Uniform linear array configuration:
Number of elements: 64
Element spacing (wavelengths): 0.25
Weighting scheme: uniform
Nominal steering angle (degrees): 45
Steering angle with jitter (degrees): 44.192
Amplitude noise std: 0.05
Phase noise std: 0.05

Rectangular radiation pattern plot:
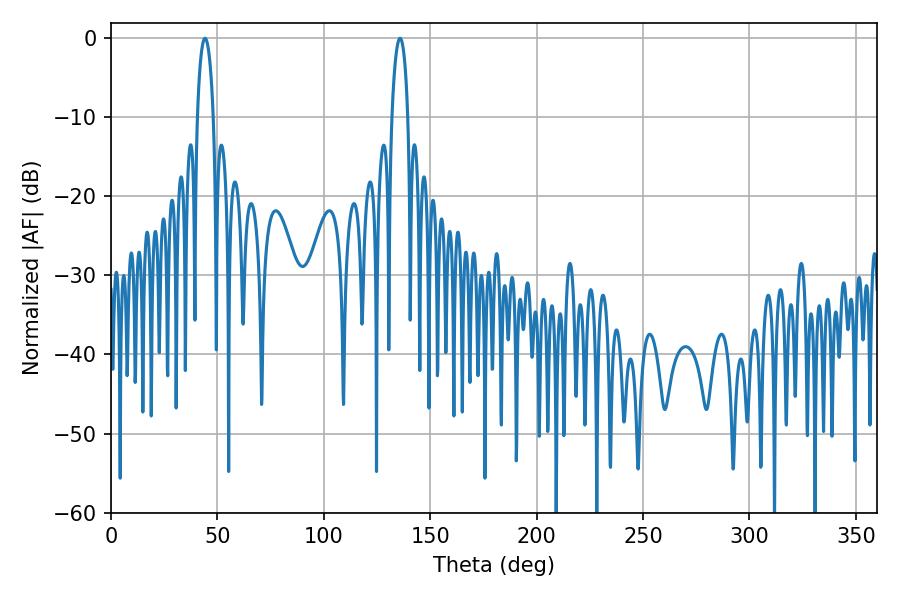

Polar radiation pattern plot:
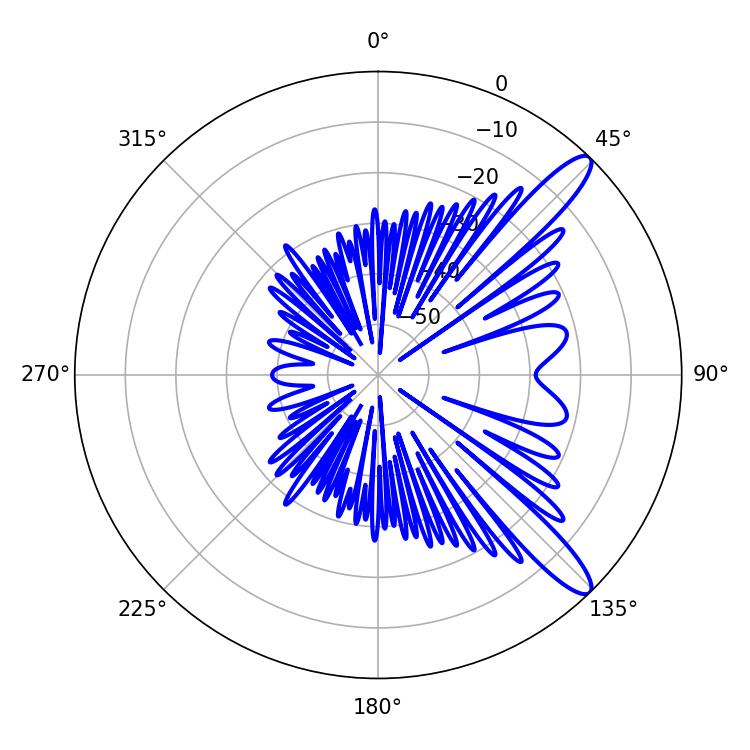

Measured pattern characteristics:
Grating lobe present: FALSE
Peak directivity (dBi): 12.153
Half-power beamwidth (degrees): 4.32
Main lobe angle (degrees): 44.1